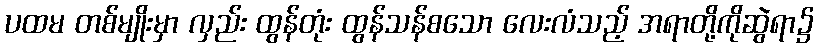
ပထမ တစ်မျိုးမှာ လှည်း ထွန်တုံး ထွန်သန်စသော လေးလံသည့် အရာတို့ကိုဆွဲရာ၌